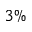
3 \%